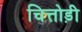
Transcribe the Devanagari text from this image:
चित्तोड़ी